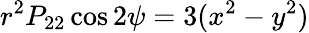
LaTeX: r^{2}P_{22}\cos 2\psi=3(x^{2}-y^{2})